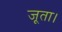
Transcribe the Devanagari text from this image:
जूता।